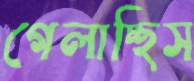
গেলাচ্ছিস